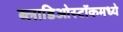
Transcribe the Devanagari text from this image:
ब्लाडिओस्टॉकमध्ये